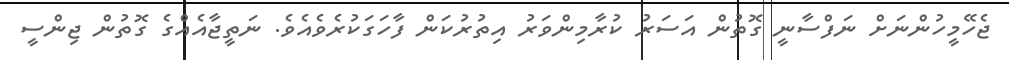
ޖެހޭމީހުންނަށް ނަފްސާނީ ގޮތުން އަސަރު ކުރާމިންވަރު އިތުރުކަން ފާހަގަކުރެވެއެވެ. ނަތީޖާއެއްގެ ގޮތުން ޖިންސީ